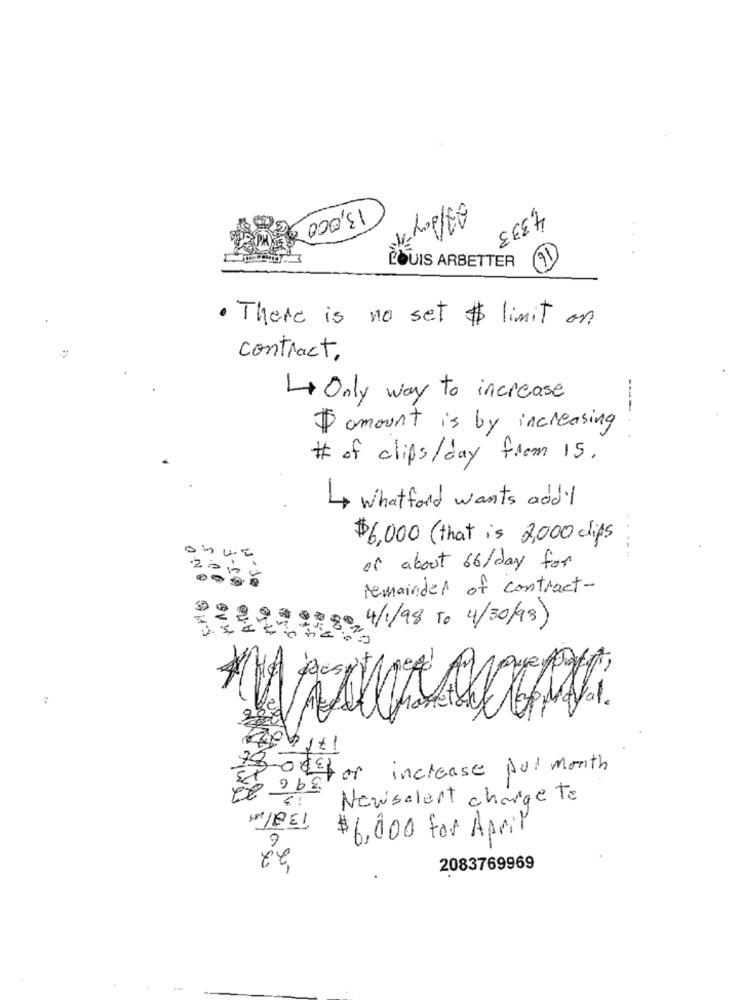
13,000 $
4,333
LOUIS ARBETTER
· There is no set $ limit on
contract.
4 Only way to increase
amount is by increasing
# of clips/day from 15.
4 whatford wants addil
ON.O
Año OJ-F
$6,000 ( that is 2,000 clips
4.
of about 66/day for
1-10
remainder of contract-
4/1/98 To 4/30/98)
90.0
OND
HA positioned
Nal.
13-00for increase put month
268
Newsalert charge Te
SIBEL
$6,000 for April
22
2083769969